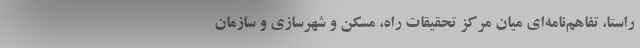
راستا، تفاهم‌نامه‌ای میان مرکز تحقیقات راه، مسکن و شهرسازی و سازمان